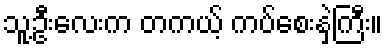
သူ့ဦးလေးက တကယ့် ကပ်စေးနှဲကြီး။